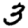
Digit: 3